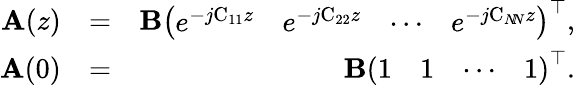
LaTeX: \begin{array}{rlr}{\boldsymbol{\mathrm{A}}(z)}&{=}&{\boldsymbol{\mathrm{B}}\left(\begin{array}{llll}{e^{-j\mathrm{C_{11}}z}}&{e^{-j\mathrm{C_{22}}z}}&{\cdots}&{e^{-j\mathrm{C}_{N\! N}z}}\end{array}\right)^{\top},}\\ {\boldsymbol{\mathrm{A}}(0)}&{=}&{\boldsymbol{\mathrm{B}}\left(\begin{array}{llll}{1}&{1}&{\cdots}&{1}\end{array}\right)^{\top}.}\end{array}